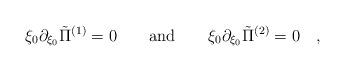
LaTeX: \begin{align*} \xi_0 \partial_{\xi_0} \tilde{\Pi}^{(1)} = 0 \qquad \hbox{and}\qquad \xi_0 \partial_{\xi_0} \tilde{\Pi}^{(2)} = 0 \quad ,\end{align*}